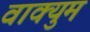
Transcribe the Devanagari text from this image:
वाक्युम